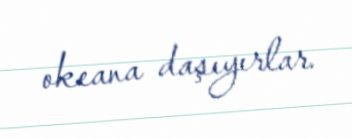
okeana daşıyırlar.